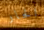
الحار